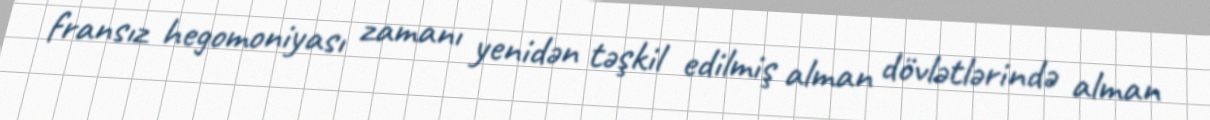
fransız hegomoniyası zamanı yenidən təşkil edilmiş alman dövlətlərində alman